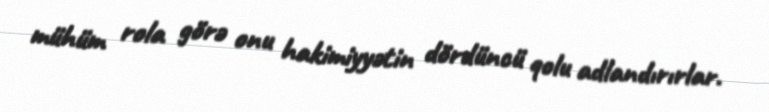
mühüm rola görə onu hakimiyyətin dördüncü qolu adlandırırlar.